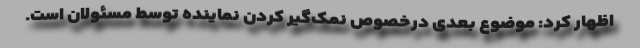
اظهار کرد: موضوع بعدی درخصوص نمک‌گیر کردن نماینده توسط مسئولان است.